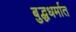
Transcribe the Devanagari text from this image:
बुद्धधर्मात